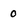
Character: 0